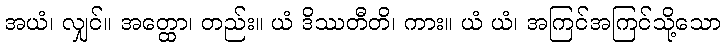
အယံ၊ လျှင်။ အတ္ထော၊ တည်း။ ယံ ဒိဿတီတိ၊ ကား။ ယံ ယံ၊ အကြင်အကြင်သို့သော